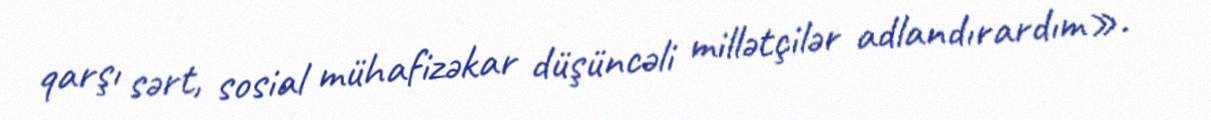
qarşı sərt, sosial mühafizəkar düşüncəli millətçilər adlandırardım».